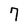
Character: 7